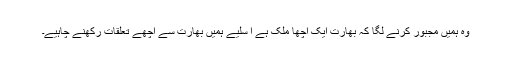
وہ ہمیں مجبور کرنے لگا کہ بھارت ایک اچھا ملک ہے ا سلیے ہمیں بھارت سے اچھے تعلقات رکھنے چاہیے۔